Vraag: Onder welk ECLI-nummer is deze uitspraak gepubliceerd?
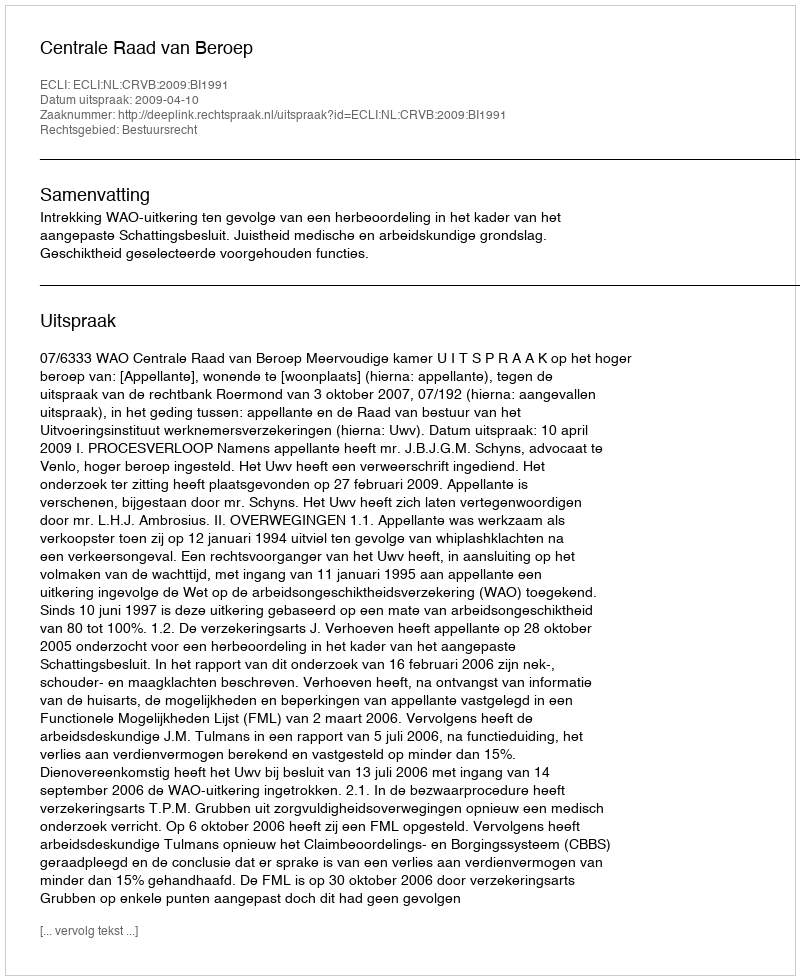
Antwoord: ECLI:NL:CRVB:2009:BI1991